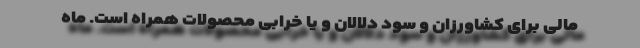
مالی برای کشاورزان و سود دلالان و یا خرابی محصولات همراه است. ماه